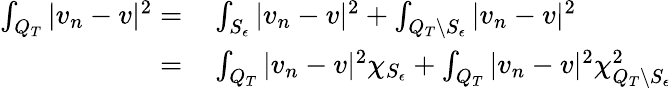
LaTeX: \begin{array}{rl}{\int_{Q_{T}}|v_{n}-v|^{2}=}&{{}\int_{S_{\epsilon}}|v_{n}-v|^{2}+\int_{Q_{T}\backslash S_{\epsilon}}|v_{n}-v|^{2}}\\ {=}&{{}\int_{Q_{T}}|v_{n}-v|^{2}\chi_{S_{\epsilon}}+\int_{Q_{T}}|v_{n}-v|^{2}\chi_{Q_{T}\backslash S_{\epsilon}}^{2}}\end{array}